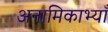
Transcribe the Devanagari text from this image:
अनामिकाभ्याँ